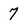
Character: 7